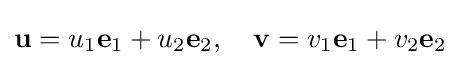
\mathbf {u} =u_{1}\mathbf {e} _{1}+u_{2}\mathbf {e} _{2},\quad \mathbf {v} =v_{1}\mathbf {e} _{1}+v_{2}\mathbf {e} _{2}